Vaccination Hyderabad 1872-1889 - 1872-1889
Year: 1872
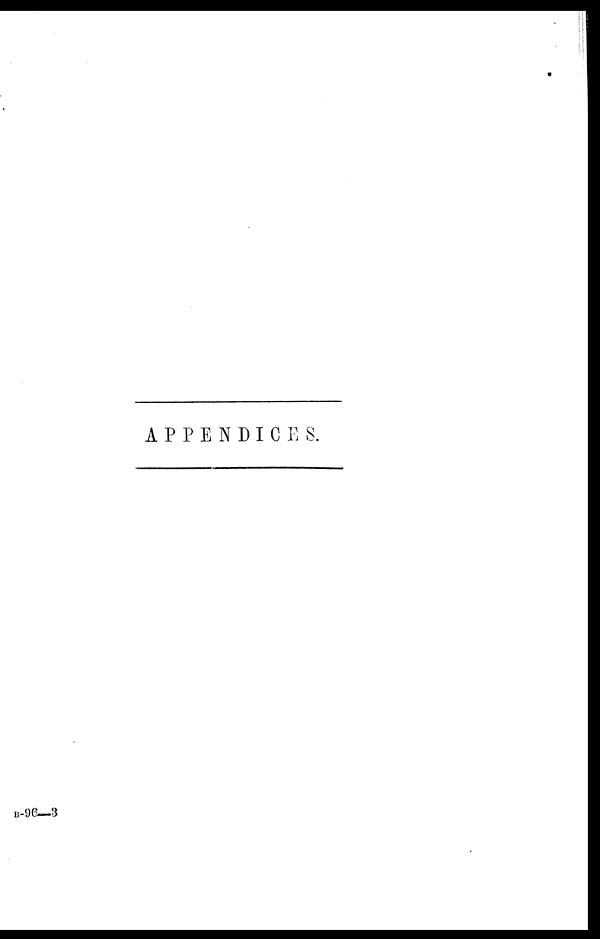
APPENDICES.
B-96—3